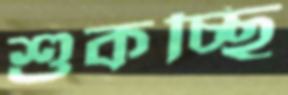
শুকচ্ছি